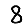
Digit: 8